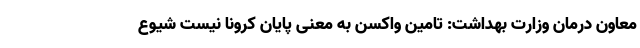
معاون درمان وزارت بهداشت: تامین واکسن به معنی پایان کرونا نیست شیوع